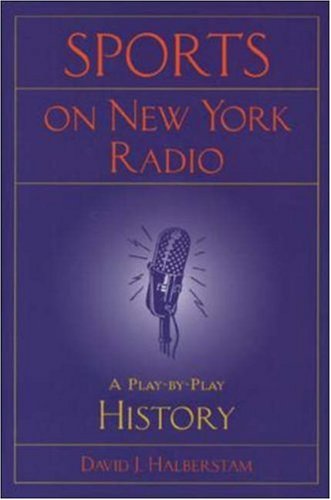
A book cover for Sports on New York Radio; David Halberstam; Sports & Outdoors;